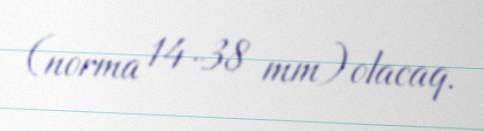
(norma 14-38 mm) olacaq.